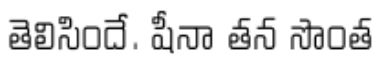
తెలిసిందే. షీనా తన సొంత